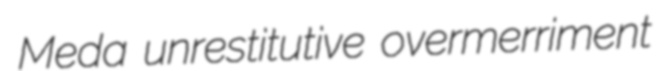
Meda unrestitutive overmerriment